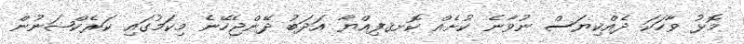
މޮޅު ވާހަކަ ދެއްކިޔަސް ނުވާނެ ކުށެއް ކޮށޤފިއްޔާ އަދަބު ދޭންޖެހޭނެ މިކަމުގައި ކަރެކްޝަނުން